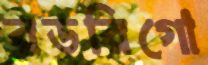
রডরিগো